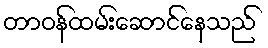
တာဝန်ထမ်းဆောင်နေသည်